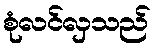
စုံလင်လှသည်